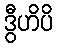
ဒွီဟိပိ